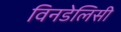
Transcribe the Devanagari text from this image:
विनडेलिसी